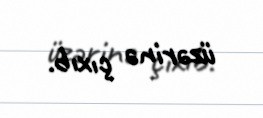
üzərinə çıxıb.